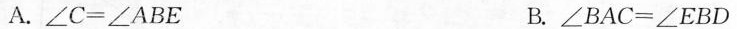
A.∠C=∠ABE B.∠BAC=∠EBD